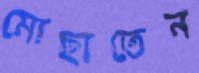
মোছাতেন